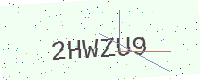
Text: 2HWZU9